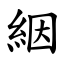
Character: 絪